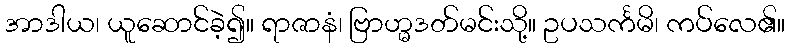
အာဒါယ၊ ယူဆောင်ခဲ့၍။ ရာဇာနံ၊ ဗြာဟ္မဒတ်မင်းသို့။ ဥပသင်္ကမိ၊ ကပ်လေ၏။